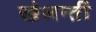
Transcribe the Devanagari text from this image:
खेलन्तीं